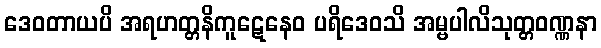
ဒေဝတာယပိ အရဟတ္တနိကူဋေနေဝ ပရိဒေဝသိ အမ္ဗပါလိသုတ္တဝဏ္ဏနာ